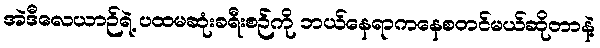
အဲဒီလေယာဉ်ရဲ့ ပထမဆုံးခရီးစဉ်ကို ဘယ်နေရာကနေစတင်မယ်ဆိုတာနဲ့